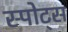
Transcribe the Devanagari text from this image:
स्‍पोट्स